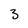
Character: 3